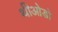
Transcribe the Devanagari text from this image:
थीओडो